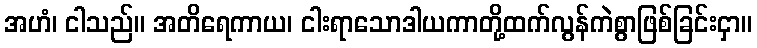
အဟံ၊ ငါသည်။ အတိရေကာယ၊ ငါးရာသောဒါယကာတို့ထက်လွန်ကဲစွာဖြစ်ခြင်းငှာ။